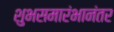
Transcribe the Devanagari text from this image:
शुभसमारंभानंतर